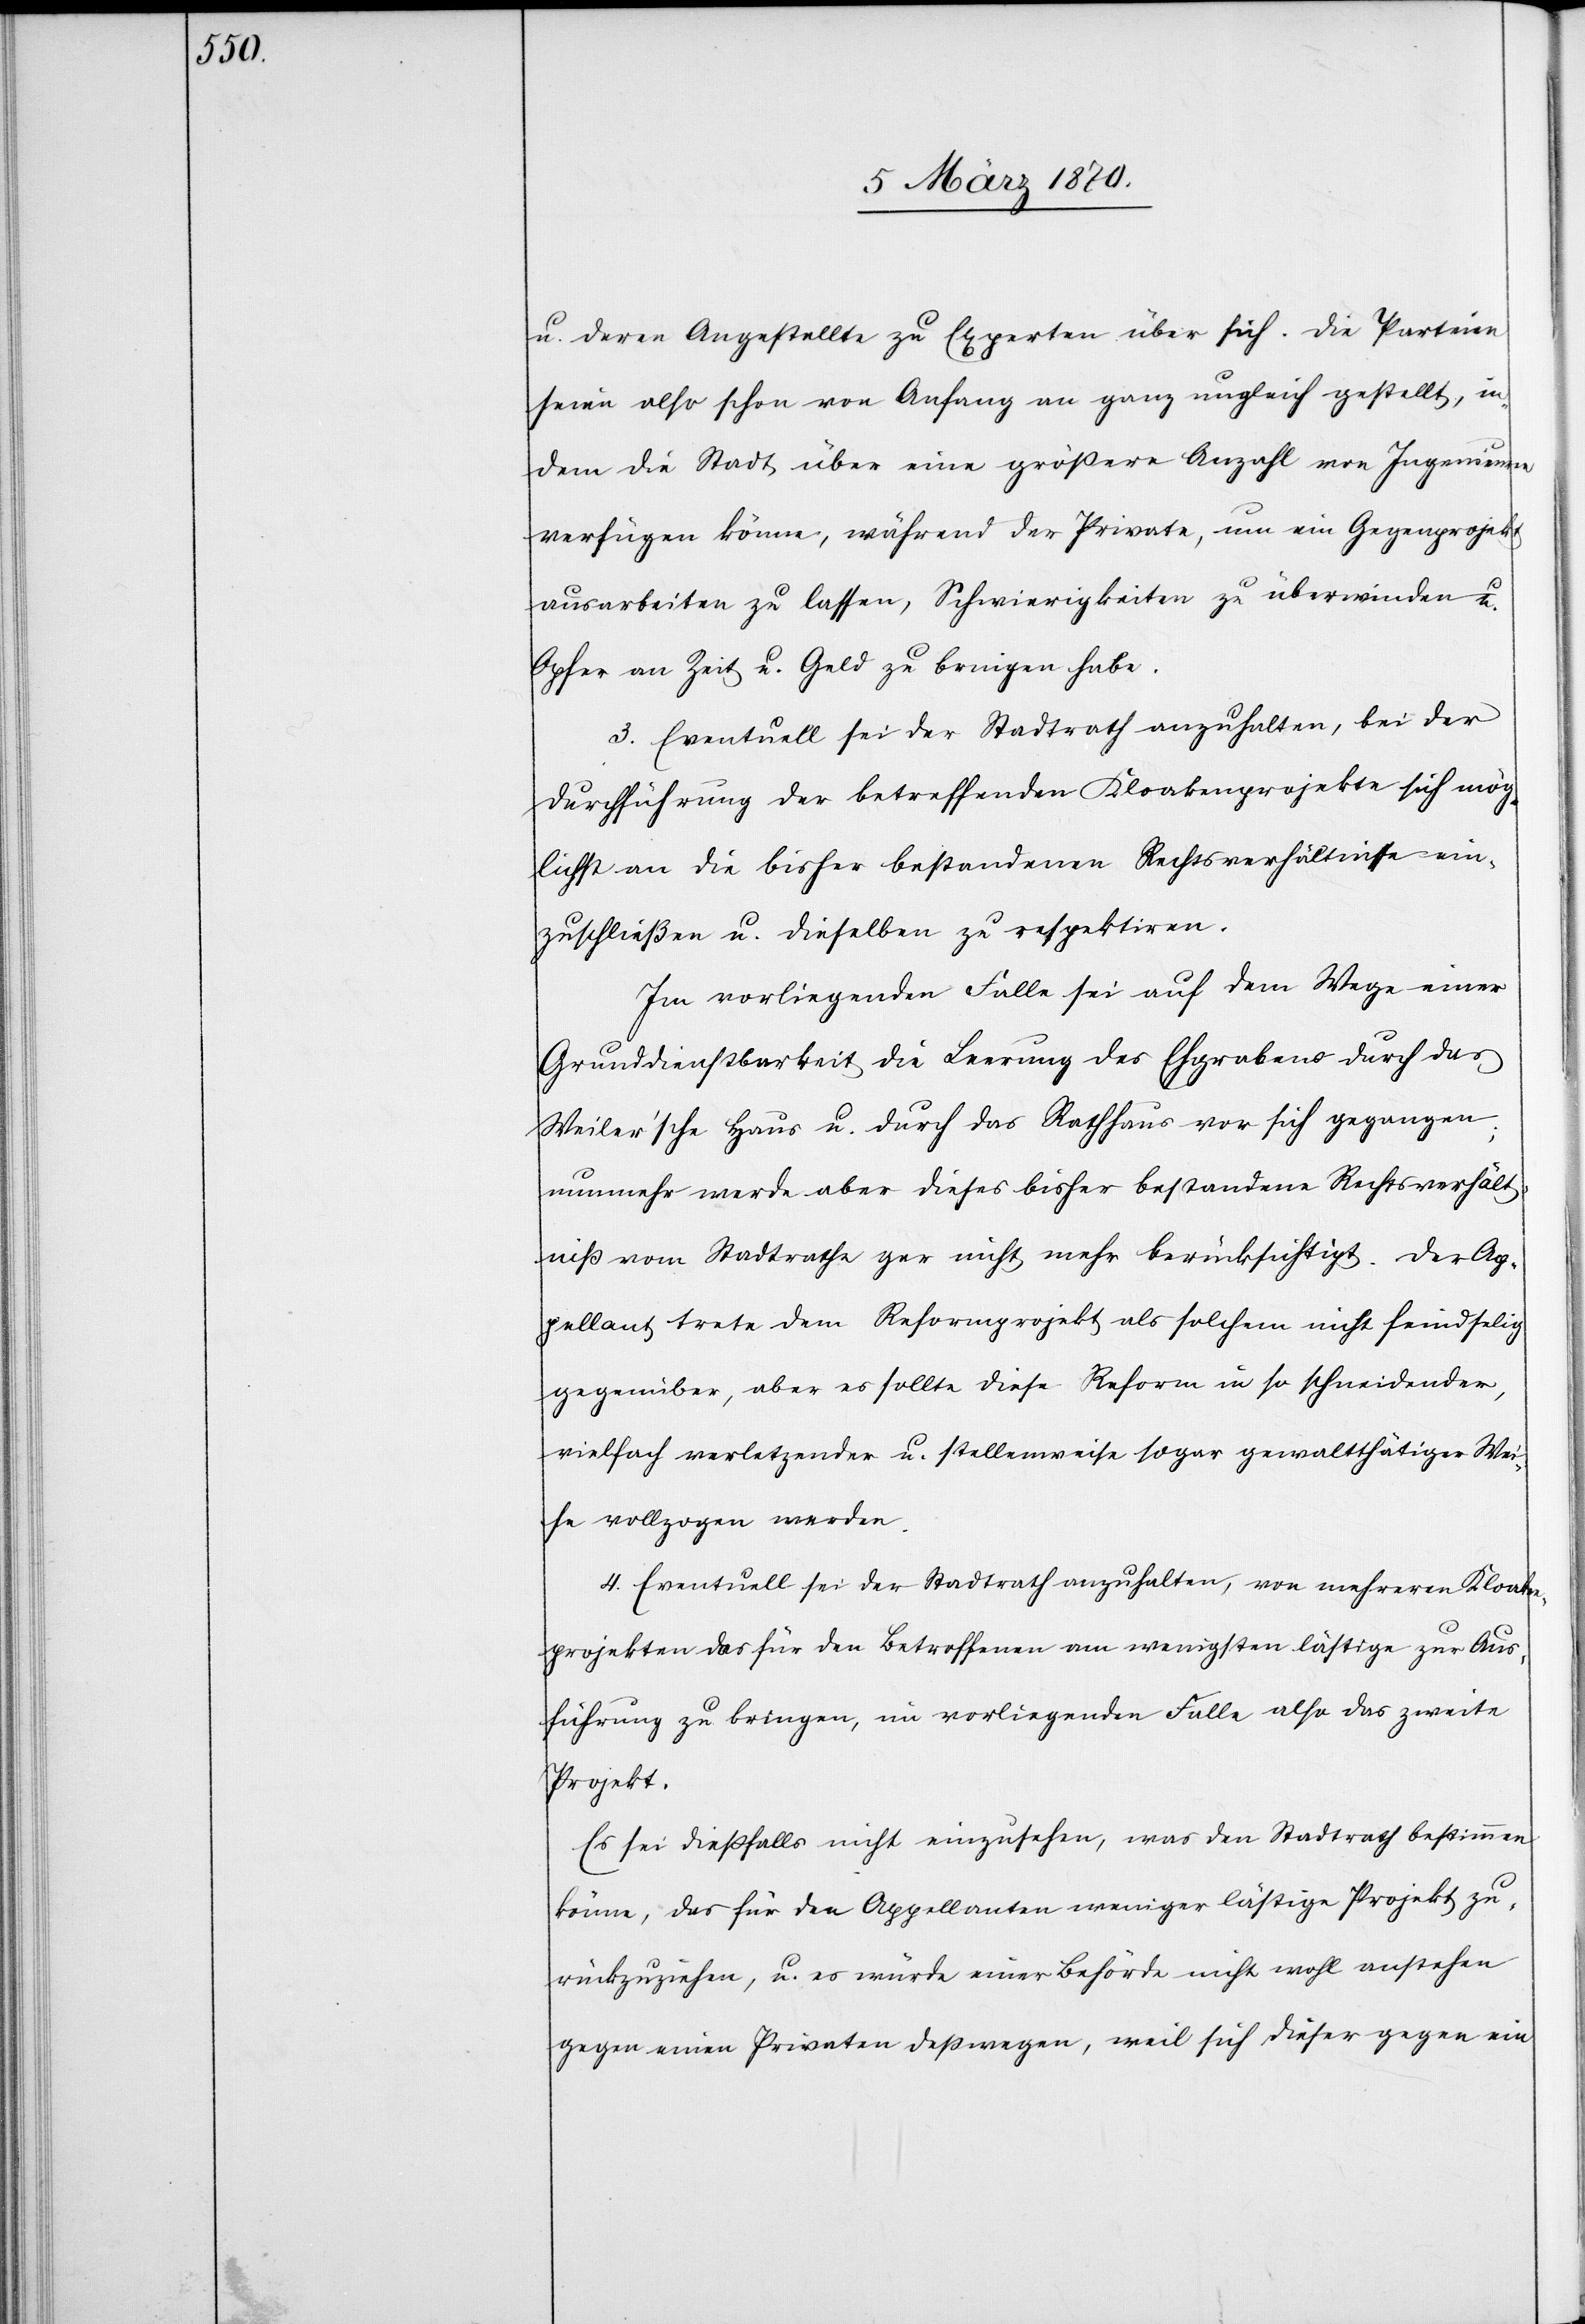
u. deren Angestellte zu Experten über sich. Die Parteien
seien also schon von Anfang an ganz ungleich gestellt, in¬
dem die Stadt über eine größere Anzahl von Ingenieuren
verfügen könne, während der Private, um ein Gegenprojekt
ausarbeiten zu lassen, Schwierigkeiten zu überwinden u.
Opfer an Zeit u. Geld zu bringen habe.
3. Eventuell sei der Stadtrath anzuhalten, bei der
Durchführung der betreffenden Kloakenprojekte sich mög¬
lichst an die bisher bestandenen Rechtsverhältnisse ein¬
zuschließen [sic!] u. dieselben zu respektiren.
Im vorliegenden Falle sei auf dem Wege einer
Grunddienstbarkeit die Leerung des Ehgrabens durch das
Weiler’sche Haus u. durch das Rathhaus vor sich gegangen;
nunmehr werde aber dieses bisher bestandene Rechtsverhält¬
niß vom Stadtrathe gar nicht mehr berücksichtigt. Der Ap¬
pellant trete dem Reformprojekt als solchem nicht feindselig
gegenüber, aber es sollte diese Reform [nicht] in so schneidender,
vielfach verletzender u. stellenweise sogar gewaltthätiger We¬
ise vollzogen werden.
4. Eventuell sei der Stadtrath anzuhalten, von mehreren Kloaken¬
projekten das für die Betroffenen am wenigsten lästige zur Aus¬
führung zu bringen, im vorliegenden Falle also das zweite
Projekt.
Es sei dießfalls nicht einzusehen, was den Stadtrath bestimmen
könne, das für den Appellanten weniger lästige Projekt zu¬
rückzuziehen, u. es würde einer Behörde nicht wohl anstehen
gegen einen Privaten deßwegen, weil sich dieser gegen ein